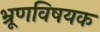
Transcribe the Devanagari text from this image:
भ्रूणविषयक